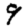
Digit: 9